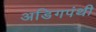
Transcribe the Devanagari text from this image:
अडिगपंथी